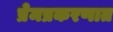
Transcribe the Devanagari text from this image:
प्रेमप्रकरणात